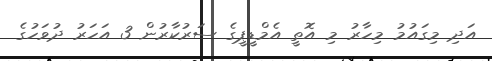
އަދި މިގައުމު މިހާރު މި އޮތީ އެމްޑީޕީގެ ސަރުކާރުން 3 އަހަރު ދުވަހުގެ